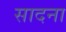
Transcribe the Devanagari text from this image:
सादना